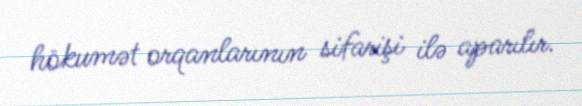
hökumət orqanlarının sifarişi ilə aparılır.